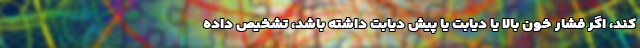
کند، اگر فشار خون بالا یا دیابت یا پیش دیابت داشته باشد، تشخیص داده